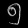
Digit: ၅